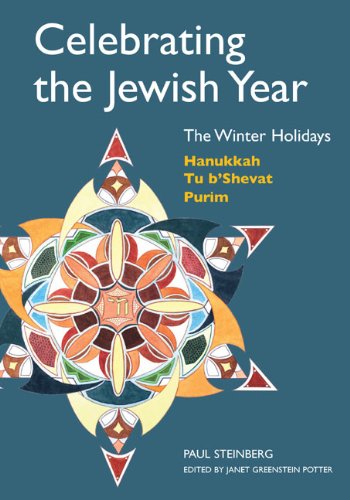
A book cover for Celebrating the Jewish Year: The Winter Holidays: Hanukkah, Tu B'shevat, Purim; Rabbi Paul Steinberg; Religion & Spirituality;